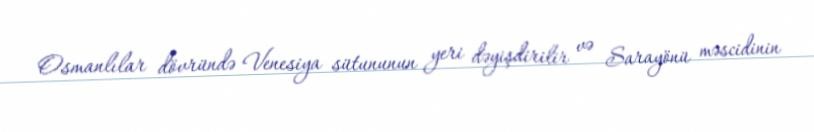
Osmanlılar dövründə Venesiya sütununun yeri dəyişdirilir və Sarayönü məscidinin